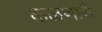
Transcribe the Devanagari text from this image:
कळणारी